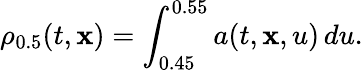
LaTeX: \rho_{0.5}(t,\mathbf{x})=\int_{0.45}^{0.55}a(t,\mathbf{x},u)\, du.